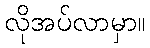
လိုအပ်လာမှာ။